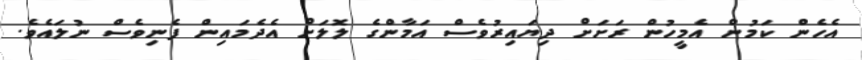
އެހެން ކަމުން އެމީހުން ރަށަށް ދިޔައިރުވެސް އަމާންގެ ލޮލަށް އެދެމައިން ފެނިވެސް ނުލައެވެ.